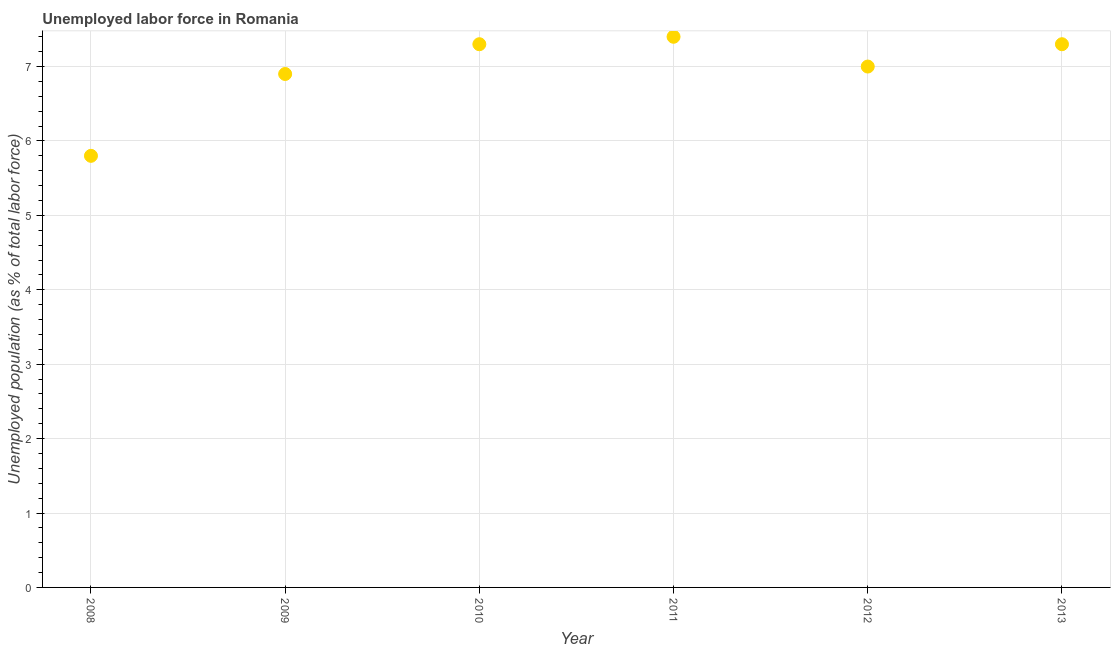
| Year | Unemployment |
 | --- | --- |
 | 2008 | 5.8 |
 | 2009 | 6.9 |
 | 2010 | 7.3 |
 | 2011 | 7.4 |
 | 2012 | 7 |
 | 2013 | 7.3 |